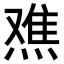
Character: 𬊾